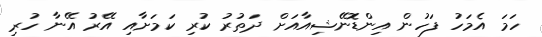
ހަމަ އެމަހު ފަހުން އިންޑޮނޭޝިއާއަށް ދަތުރު ކުރި ކަމަށާއި އޭރު އޭނާ ހުރި